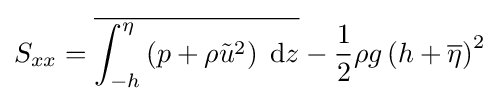
S_{xx}={\overline {\int _{-h}^{\eta }\left(p+\rho {\tilde {u}}^{2}\right)\;{\text{d}}z}}-{\frac {1}{2}}\rho g\left(h+{\overline {\eta }}\right)^{2}